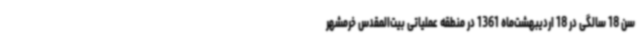
سن 18 سالگی در 18 اردیبهشت‌ماه 1361 در منطقه عملیاتی بیت‌المقدس خرمشهر